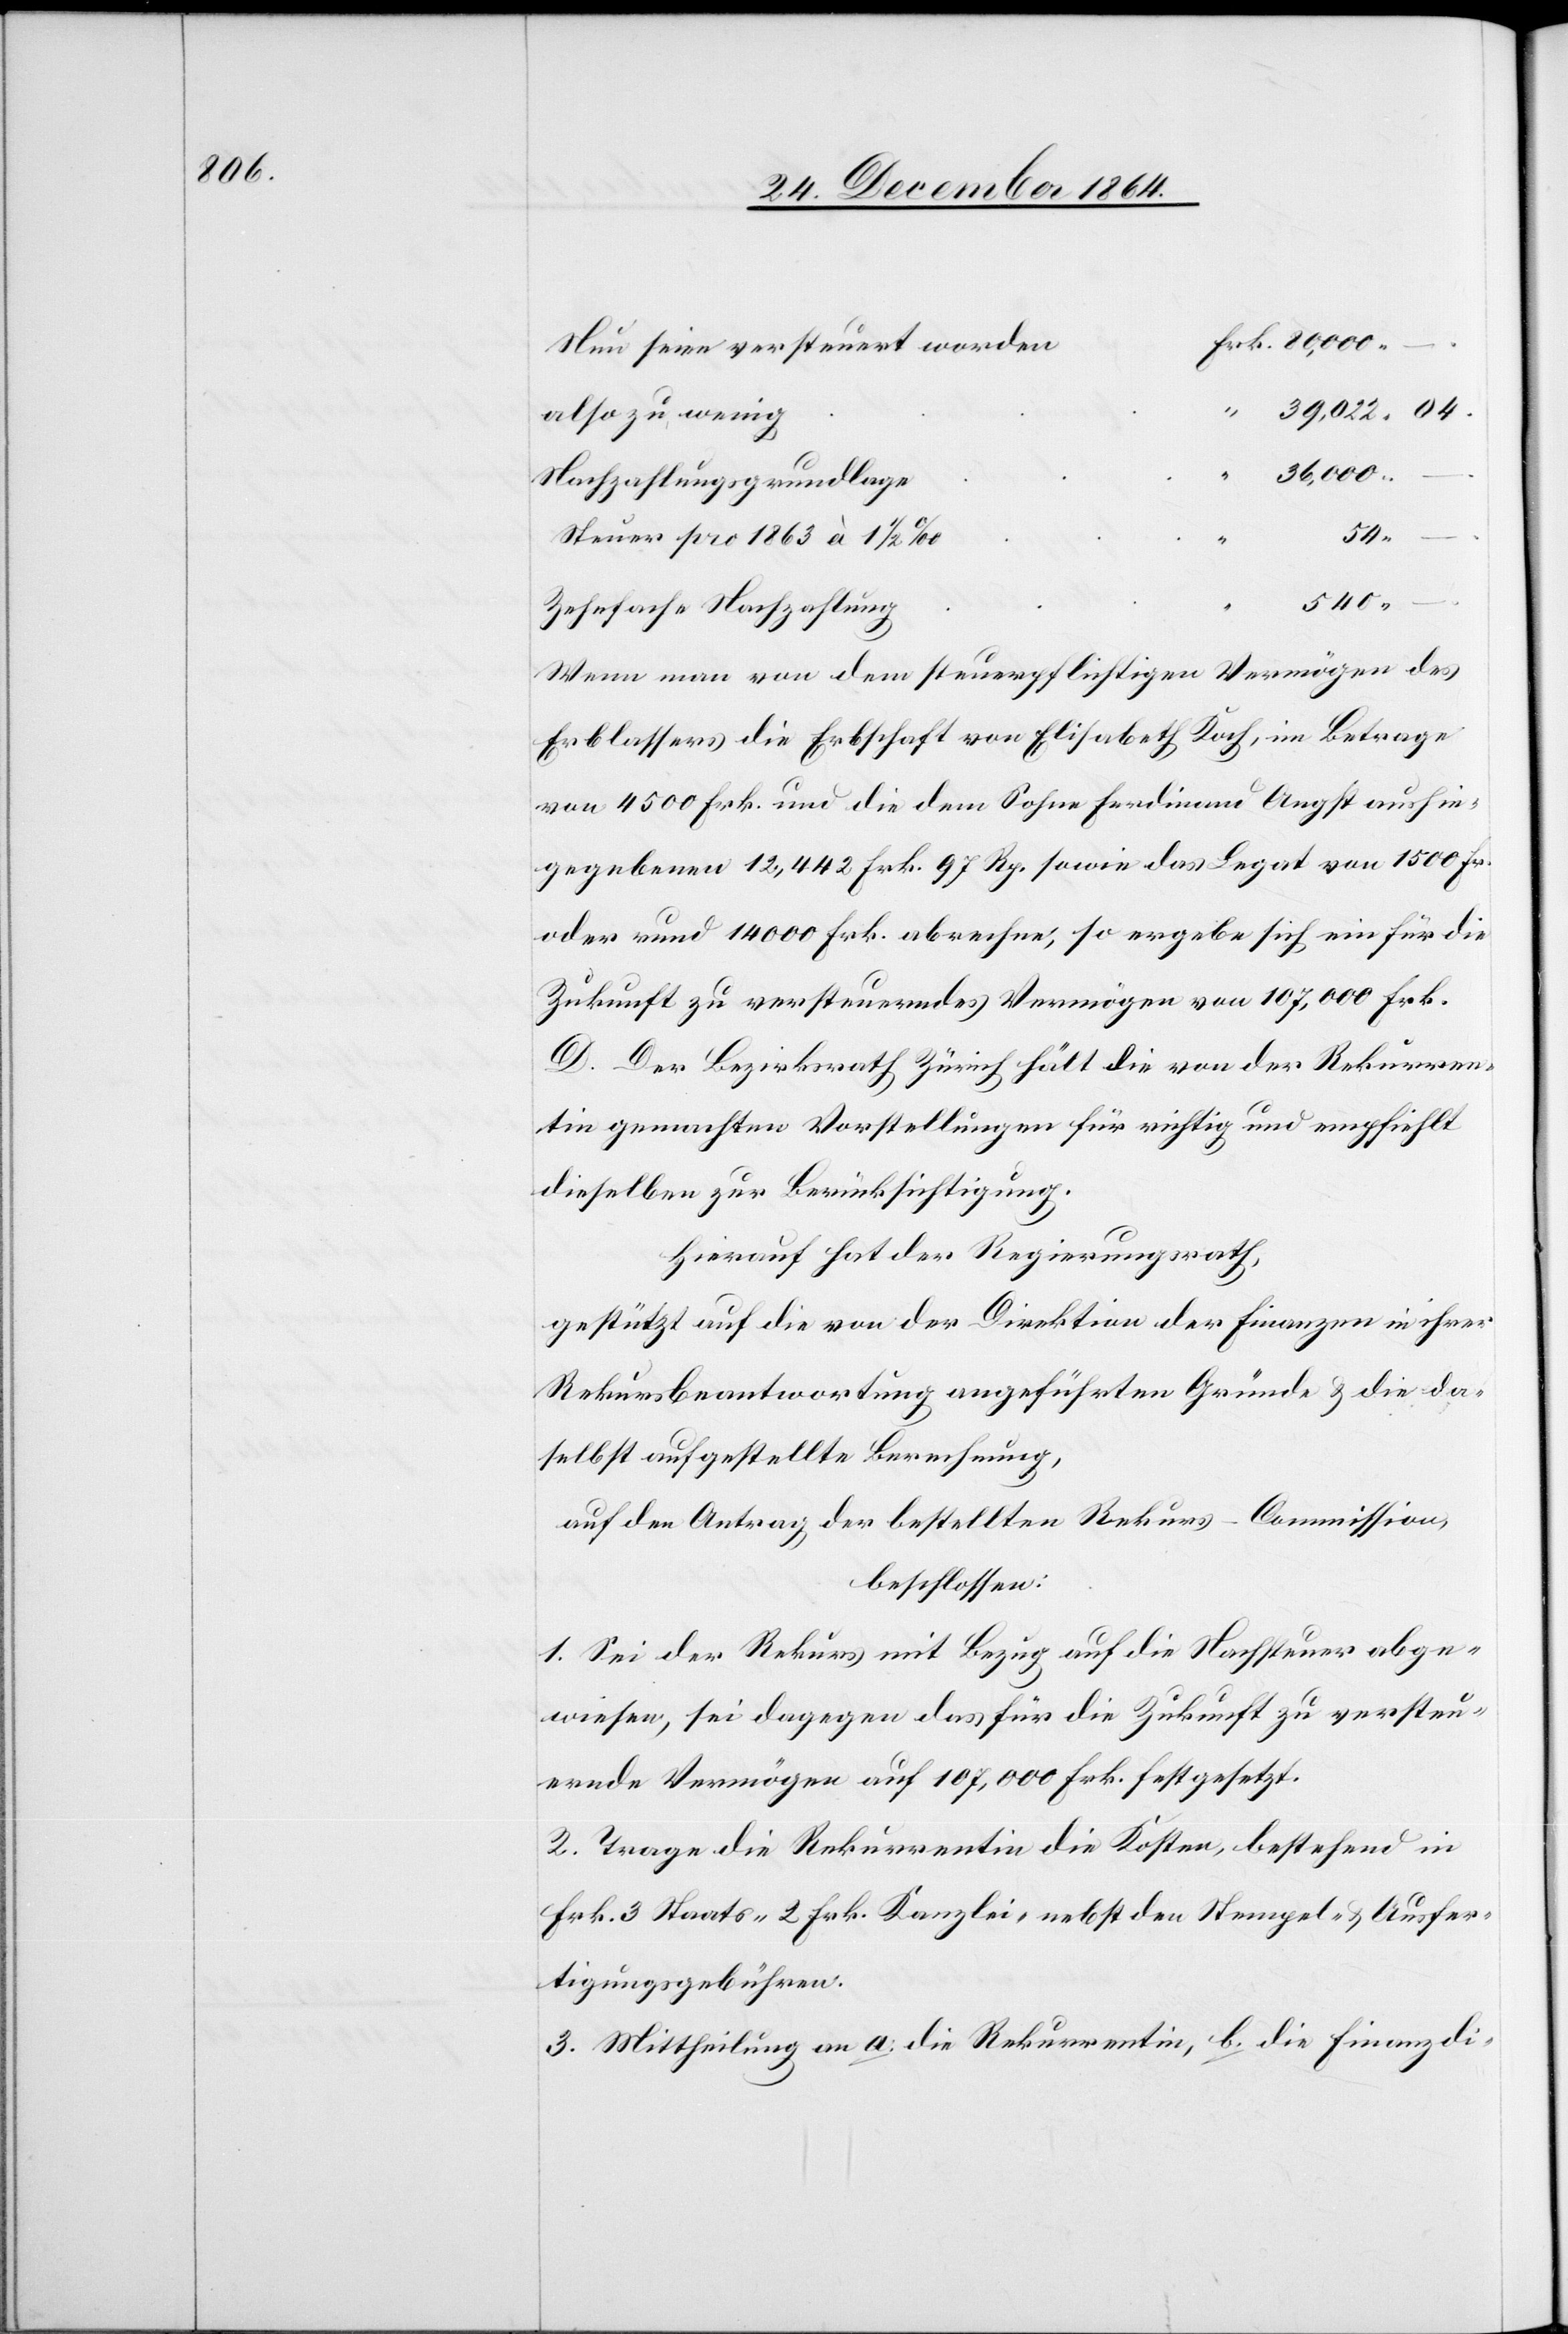
Nun seien versteuert worden
“
39,022.04.
also zu wenig
36,000.
Nachzahlungsgrundlage
540.
Steuer pro 1863 à 1 1/2‰
hren.
Zehnfache Nachzahlung
Wenn man von dem steuerpflichtigen Vermögen des
Erblassers die Erbschaft von Elisabetha Koch, im Betrage
von 4500 Frk. und die dem Sohne Ferdinand Angst aushin¬
gegebenen 12,442 Frk. 97 Rp. sowie das Legat von 1500 Fr.
oder rund 14000 Frk. abrechne, so ergebe sich ein für die
Zukunft zu versteuerndes Vermögen von 107,000 Frk.
D. Der Bezirksrath Zürich hält die von der Rekurren¬
tin gemachten Vorstellungen für richtig und empfiehlt
dieselben zur Berücksichtigung.
Hierauf hat der Regierungsrath,
gestützt auf die von der Direktion der Finanzen in ihrer
Rekursbeantwortung angeführten Gründen & die da¬
selbst aufgestellte Berechnung,
auf den Antrag der bestellten Rekurs-Commission,¨
beschlossen:
1. Sei der Rekurs mit Bezug auf die Nachsteuer abge¬
wiesen, sei dagegen das für die Zukunft zu versteu¬
ernde Vermögen auf 107,000 Frk. festgesetzt.
2. Trage die Rekurrentin die Kosten, bestehend in
Frk. 3 Staats- 2 Frk. Kanzlei- nebst den Ausfertigungs- & Stempel¬
3. Mittheilung an a. die Rekurrentin, b. die Finanzdi-